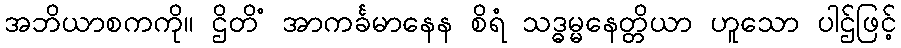
အဘိယာစကကို။ ဌိတိံ အာကင်္ခမာနေန စိရံ သဒ္ဓမ္မနေတ္တိယာ ဟူသော ပါဌ်ဖြင့်